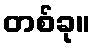
တစ်ခု။